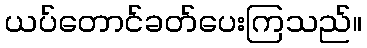
ယပ်တောင်ခတ်ပေးကြသည်။